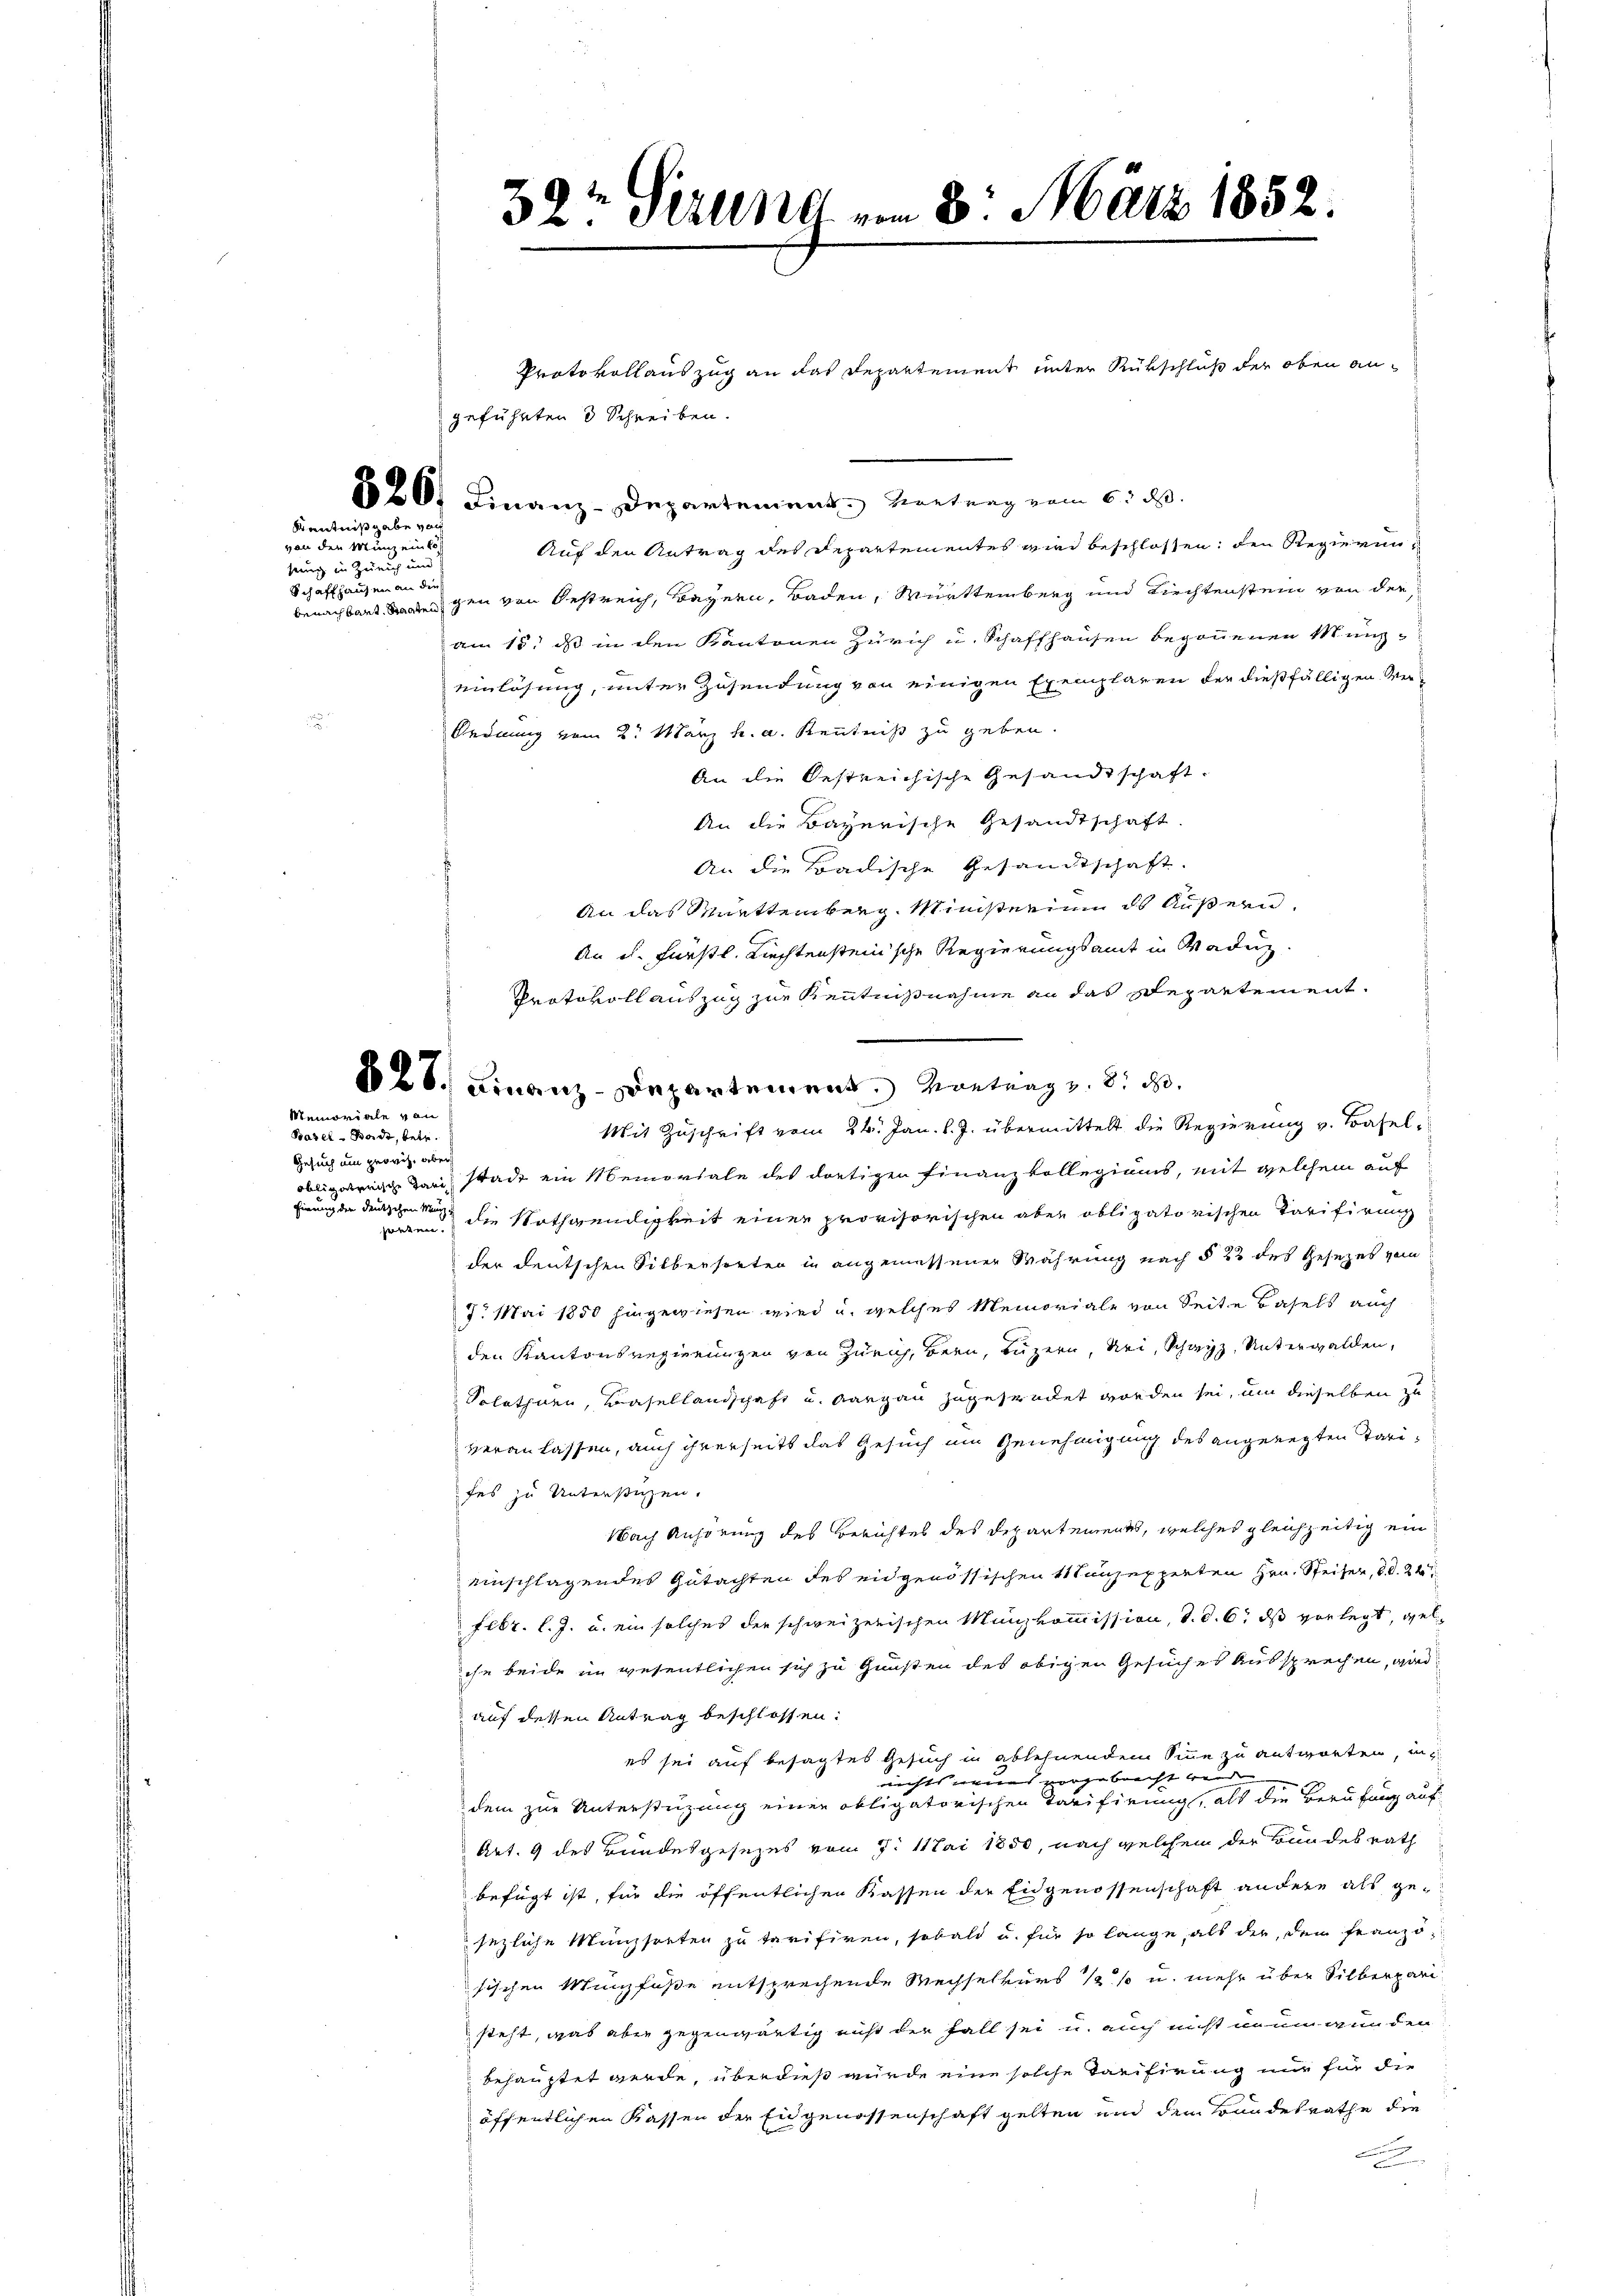
Protokollauszug an das Departement unter Rükschluß der oben angeführten 3 Schreiben.
820. Finanz-Departement vertung vom 6. d.
Auf den Antrag des Departementes wird beschlossen, den Regierunbenachbart angen von Oestreich, Bayern, Baden, Württemberg und Kirchtenstein von der
am 15. ds in den Kantonen Zürich u. Schaffhausen begonnenen Münzeinlösung, unter Zusendung von einigen Exemplaren der dießfälligen Ver¬
Ordnung vom 2. März h. a. Kenntniß zu geben.
An die Oestreichische Gesandtschaft.
An die Bayerische Gesandtschaft.
An die Badische Gesandtschaft.
An das Murttemberg. Ministerium ds Äußern.
An es. Fürstl. Rechtensteinsche Regierungsamt in Waduz.
Protokoll auszug zur Kenntnißnahme an das Departement.
628. Finanz-Departement. Vortrag v. 8. d.
Mit Zuschrift vom 26. Jan. l. J. übermittelt die Regierung v. Baselobligatorische dann Wade ein Memoriale des dortigen Finanzkollegiums, mit welchem auf
oren die Nothwendigkeit einer provisorischen aber obligatorischen Tarifirung
der deutschen Silbersorten in angemessener Währung nach § 22 des Gesezes vom
7. Mai 1850 hingewiesen wird u. welches Memoriale von Seite Basels auch
den Kantonsregierungen von Zürich, Bern, Luzern, sei, Schwyz, Unterwalden,
Solothurn, Basellandschaft u. Aargau zugestacket worden sei, um dieselben zu
veranlassen, auch ihrerseits das Gesuch im Genehmigung des angeregten Tarifes zu Unterstigen.
Nach Anhörung des Berichtes des Departements, welches gleichzeitig ein
einschlagendes Gutachten des eidgenössischen Münzexperten Hrn. Seiter, 20. 24
Febr. l. J. u. ein solches der schweizerischen Münzkommission, d. d. 6. ds vorlegt, welche beide im wesentlichen sich zu Gunsten des obigen Gesuches Aussprechen, wird:
auf dessen Antrag beschlossen:
es sei auf besagtes Gesuch in ablehnendem Sinne zu antworten, in
nechts wies vorgebracht werd
dem zur Unterstüzung einer obligatorischen Tarifirung, als die Berufung auf
Art. 9 des Bundesgesezes vom 7. Mai 1850, nach welchem der Bundesrath
befügt ist, für die öffentlichen Kassen der Eidgenossenschaft andere als gesezliche Münzsorten zu tarifiren, sobald u. für so lange, als der, dem franzö-
sischen Münzfuße entsprechende Wechselkurs 1 % u. mehr über Silberpari
steht, was aber gegenwärtig nicht der Fall sei u. auch nicht unumwunden
behauptet werde, überdieß wurde eine solche Tarifirung nur für die
öffentlichen Kassen der Eidgenossenschaft gelten und dem Bundesrathe die
.

Kenntnißgabe ver
von den Munzeinko

hung in Herrenten und
Schaffhausen an dies

Memoriale von
Basel-Stadt, betr.
Gesuch um provis, aber
Einung die deutschen Münz u

32 Sirung vom 8. März 1852.